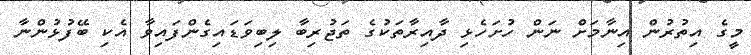
މީގެ އިތުރުން އިނާމަށް ނަން ހުށަހެޅި ދާއިރާތަކުގެ ތަޖުރިބާ ލިބިވަޑައިގެންފައިވާ އެކި ބޭފުޅުންނާ